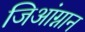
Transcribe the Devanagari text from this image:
जिआंग्नान